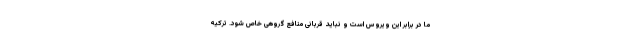
ما در برابر این ویروس است و نباید قربانی منافع گروهی خاص شود. ترکیه